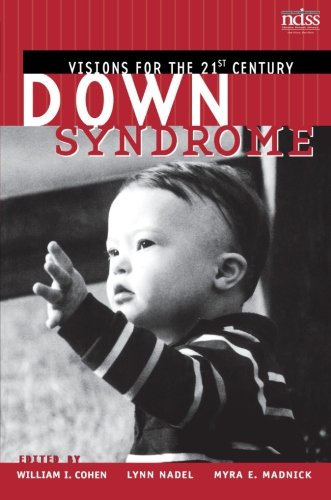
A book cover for Down Syndrome: Visions for the 21st Century; Health, Fitness & Dieting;